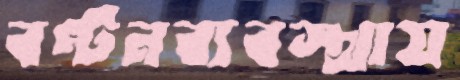
বণ্টনব্যবস্থায়